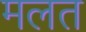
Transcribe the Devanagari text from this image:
मलत